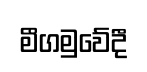
මීගමුවේදී